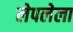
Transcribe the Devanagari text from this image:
लेपलेला